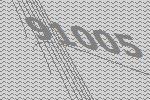
91005